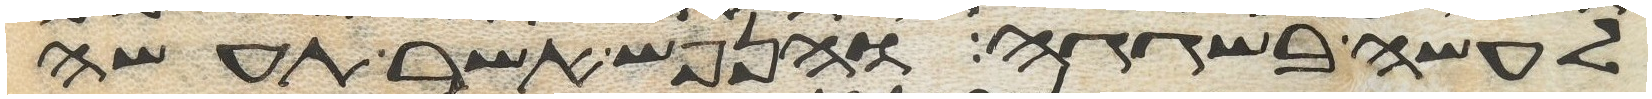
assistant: לעשה בשגגה והנפש אשר תעשה